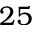
2 5